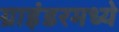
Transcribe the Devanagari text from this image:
ग्राइंडरमध्ये